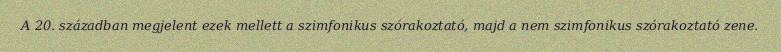
A 20. században megjelent ezek mellett a szimfonikus szórakoztató, majd a nem szimfonikus szórakoztató zene.